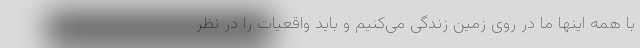
با همه اینها ما در روی زمین زندگی می‌کنیم و باید واقعیات را در نظر